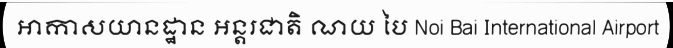
អាកាសយានដ្ឋាន អន្តរជាតិ ណយ បៃ Noi Bai International Airport